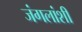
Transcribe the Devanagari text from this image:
जंगलांशी